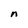
Character: n